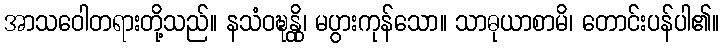
အာသဝေါတရားတို့သည်။ နသံဝဍ္ဎန္တို၊ မပွားကုန်သော။ သာဓုယာစာမိ၊ တောင်းပန်ပါ၏။